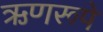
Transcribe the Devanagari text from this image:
ऋणरूपे